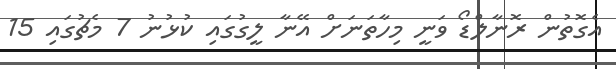
އެގޮތުން ރޮނާލްޑޯ ވަނީ މިހާތަނަށް އޭނާ ލީގުގައި ކުޅުނު 7 މެޗުގައި 15